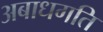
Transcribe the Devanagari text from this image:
अबाधगति